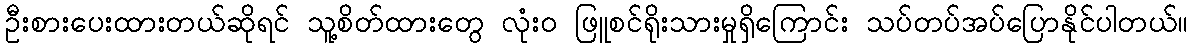
ဦးစားပေးထားတယ်ဆိုရင် သူ့စိတ်ထားတွေ လုံးဝ ဖြူစင်ရိုးသားမှုရှိကြောင်း သပ်တပ်အပ်ပြောနိုင်ပါတယ်။